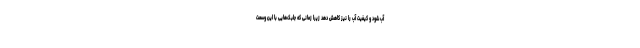
آب شود و کیفیت آب را نیز کاهش دهد زیرا زمانی که جلبک‌هایی با این وسعت